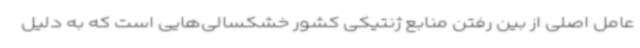
عامل اصلی از بین رفتن منابع ژنتیکی کشور خشکسالی‌هایی است که به دلیل